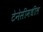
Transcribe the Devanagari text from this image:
टेनेसीमधील